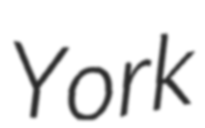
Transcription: York